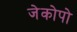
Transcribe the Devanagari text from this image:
जेकोपो